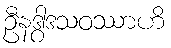
ဦနဒွါဒသဝဿာဟိ